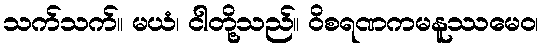
သက်သက်။ မယံ၊ ငါတို့သည်။ ဝိစရဏကမနူဿမေဝ၊